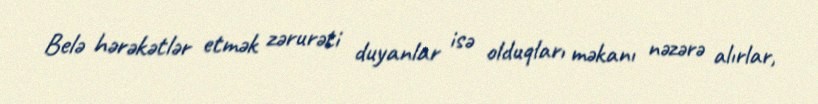
Belə hərəkətlər etmək zərurəti duyanlar isə olduqları məkanı nəzərə alırlar,